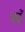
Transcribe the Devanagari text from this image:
चचें